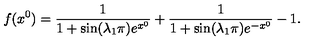
f ( x ^ { 0 } ) = \frac { 1 } { 1 + \sin ( \lambda _ { 1 } \pi ) e ^ { x ^ { 0 } } } + \frac { 1 } { 1 + \sin ( \lambda _ { 1 } \pi ) e ^ { - x ^ { 0 } } } - 1 .